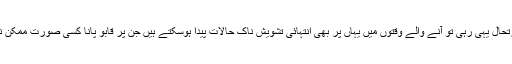
اگر صورتحال یہی رہی تو آنے والے وقتوں میں یہاں پر بھی انتہائی تشویش ناک حالات پیدا ہوسکتے ہیں جن پر قابو پانا کسی صورت ممکن نہیں ہوگا۔